Report of the Imperial Institute of Veterinary Research, Muktesar
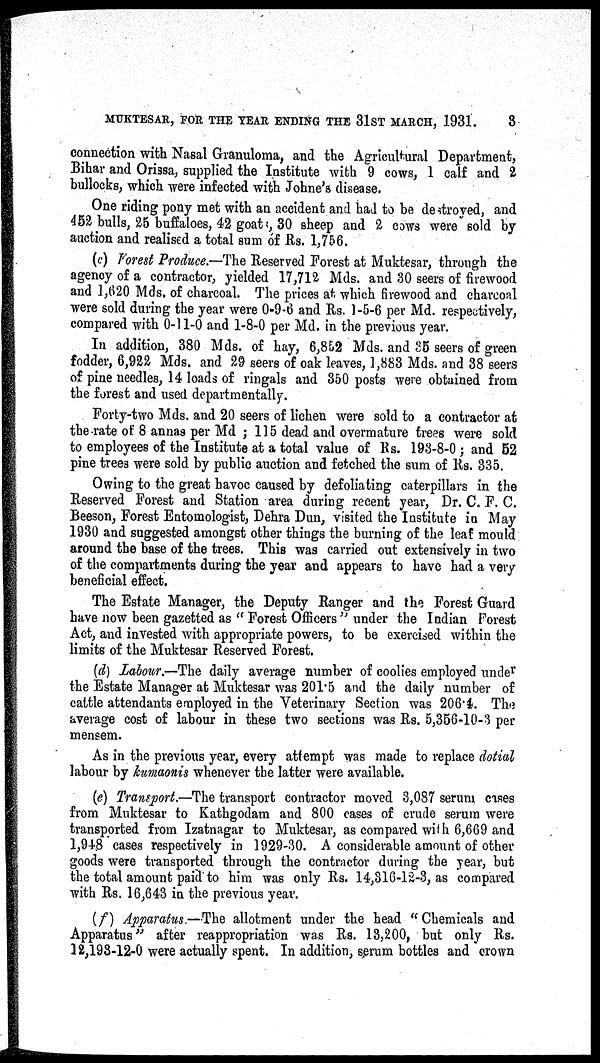
MUKTESAR, FOR THE YEAR ENDING THE 31ST MARCH, 1931. 3
connection with Nasal Granuloma, and the Agricultural Department,
Bihar and Orissa, supplied the Institute with 9 cows, 1 calf and 2
bullocks, which were infected with Johne's disease.
One riding pony met with an accident and had to be destroyed, and
452 bulls, 25 buffaloes, 42 goats, 30 sheep and 2 cows were sold by
auction and realised a total sum of Rs. 1,756.
(c) Forest Produce.—The Reserved Forest at Muktesar, through the
agency of a contractor, yielded 17,712 Mds. and 30 seers of firewood
and 1,620 Mds. of charcoal. The prices at which firewood and charcoal
were sold during the year were 0-9-6 and Rs. 1-5-6 per Md. respectively,
compared with 0-11-0 and 1-8-0 per Md. in the previous year.
In addition, 380 Mds. of hay, 6,852 Mds. and 35 seers of green
fodder, 6,922 Mds. and 29 seers of oak leaves, 1,883 Mds. and 38 seers
of pine needles, 14 loads of ringals and 350 posts were obtained from
the forest and used departmentally.
Forty-two Mds. and 20 seers of lichen were sold to a contractor at
the rate of 8 annas per Md ; 115 dead and overmature trees were sold
to employees of the Institute at a total value of Rs. 193-8-0; and 52
pine trees were sold by public auction and fetched the sum of Rs. 335.
Owing to the great havoc caused by defoliating caterpillars in the
Reserved Forest and Station area during recent year, Dr. C. F. C.
Beeson, Forest Entomologist, Dehra Dun, visited the Institute in May
1930 and suggested amongst other things the burning of the leaf mould
around the base of the trees. This was carried out extensively in two
of the compartments during the year and appears to have had a very
beneficial effect.
The Estate Manager, the Deputy Ranger and the Forest Guard
have now been gazetted as " Forest Officers " under the Indian Forest
Act, and invested with appropriate powers, to be exercised within the
limits of the Muktesar Reserved Forest.
(d) Labour.—The daily average number of coolies employed under
the Estate Manager at Muktesar was 201.5 and the daily number of
cattle attendants employed in the Veterinary Section was 206.4. The
average cost of labour in these two sections was Rs. 5,356-10-3 per
mensem.
As in the previous year, every attempt was made to replace dotial
labour by kumaonis whenever the latter were available.
(e) Transport.—The transport contractor moved 3,087 serum cases
from Muktesar to Kathgodam and 800 cases of crude serum were
transported from Izatnagar to Muktesar, as compared with 6,669 and
1,948 cases respectively in 1929-30. A considerable amount of other
goods were transported through the contractor during the year, but
the total amount paid to him was only Rs. 14,316-12-3, as compared
with Rs. 16,643 in the previous year.
(f) Apparatus—The allotment under the head "Chemicals and
Apparatus" after reappropriation was Rs. 13,200, but only Rs.
12,193-12-0 were actually spent. In addition, serum bottles and crown